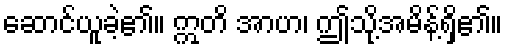
ဆောင်ယူခဲ့၏။ ဣတိ အာဟ၊ ဤသို့အမိန့်ရှိ၏။